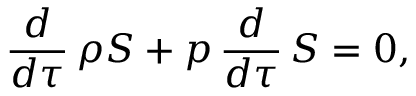
\frac { d } { d \tau } \, \rho { \cal S } + p \, \frac { d } { d \tau } \, { \cal S } = 0 ,